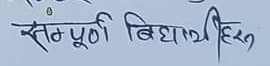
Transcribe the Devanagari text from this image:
सम्पूर्ण विद्यार्थीहरू